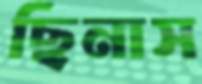
ছিনাস